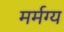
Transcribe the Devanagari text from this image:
मर्मग्य